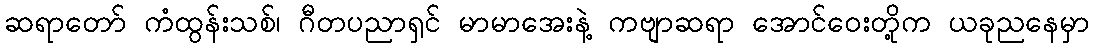
ဆရာတော် ကံထွန်းသစ်၊ ဂီတပညာရှင် မာမာအေးနဲ့ ကဗျာဆရာ အောင်ဝေးတို့က ယခုညနေမှာ